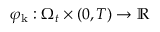
\varphi _ { \mathrm { k } } : \Omega _ { t } \times ( 0 , T ) \to \mathbb R